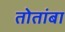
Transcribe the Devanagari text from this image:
तोतांबा